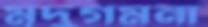
মৃদুগমনা